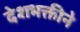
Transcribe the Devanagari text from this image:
देशभक्तीने